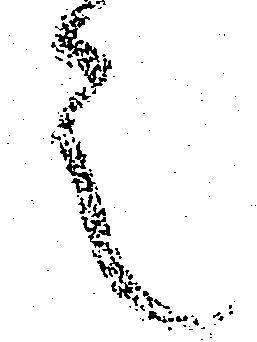
言